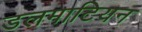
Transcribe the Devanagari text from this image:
डलमाटियन